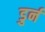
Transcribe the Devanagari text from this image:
डुर्न